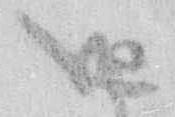
御